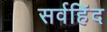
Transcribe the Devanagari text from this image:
सर्वहिंद